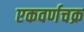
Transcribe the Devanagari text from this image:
एकवर्णचक्र